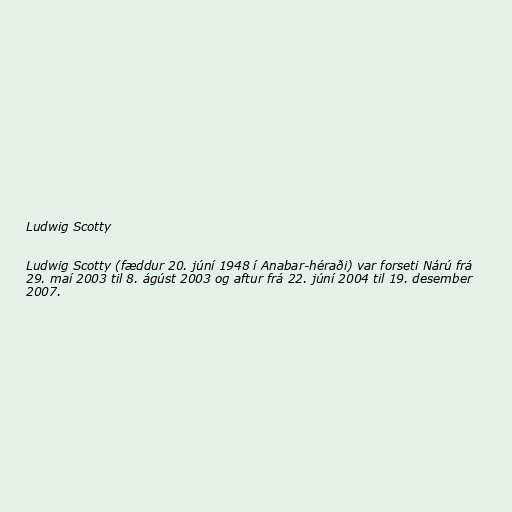
Ludwig Scotty

Ludwig Scotty (fæddur 20. júní 1948 í Anabar-héraði) var forseti Nárú frá
29. maí 2003 til 8. ágúst 2003 og aftur frá 22. júní 2004 til 19. desember
2007.